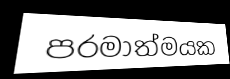
පරමාත්මයක